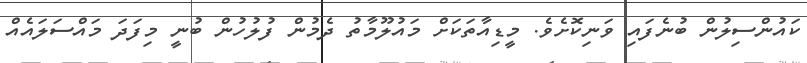
ކައުންސިލުން ބުނެފައި ވަނިކޮށެވެ. މީޑިއާތަކަށް މައުލޫމާތު ދެމުން ފުލުހުން ބުނީ މިފަދަ މައްސަލައެއް